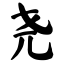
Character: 尧